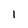
Character: 1